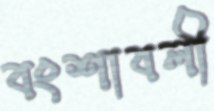
বংশাবলী